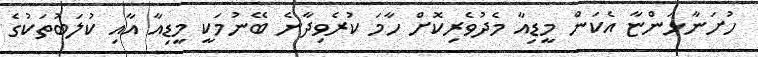
ހުށަނާޅަންޏާ އެކަން މީޑިއާ މެދުވެރިކޮށް ހާމަ ކުރެވިދާނެ ބޭނުމަކީ މީޑިއާ އާއި ކުލަބުތަކުގެ